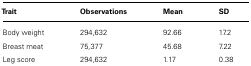
<table><thead><tr><td><b>Trait</b></td><td><b>Observations</b></td><td><b>Mean</b></td><td><b>SD</b></td></tr></thead><tbody><tr><td>Body weight</td><td>294,632</td><td>92.66</td><td>17.2</td></tr><tr><td>Breast meat</td><td>75,377</td><td>45.68</td><td>7.22</td></tr><tr><td>Leg score</td><td>294,632</td><td>1.17</td><td>0.38</td></tr></tbody></table>